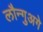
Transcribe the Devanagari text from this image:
लौन्गुअगे